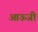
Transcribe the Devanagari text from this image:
आऊजी